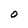
Character: O